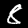
Digit: 8